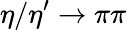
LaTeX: \eta/\eta^{\prime}\to\pi\pi